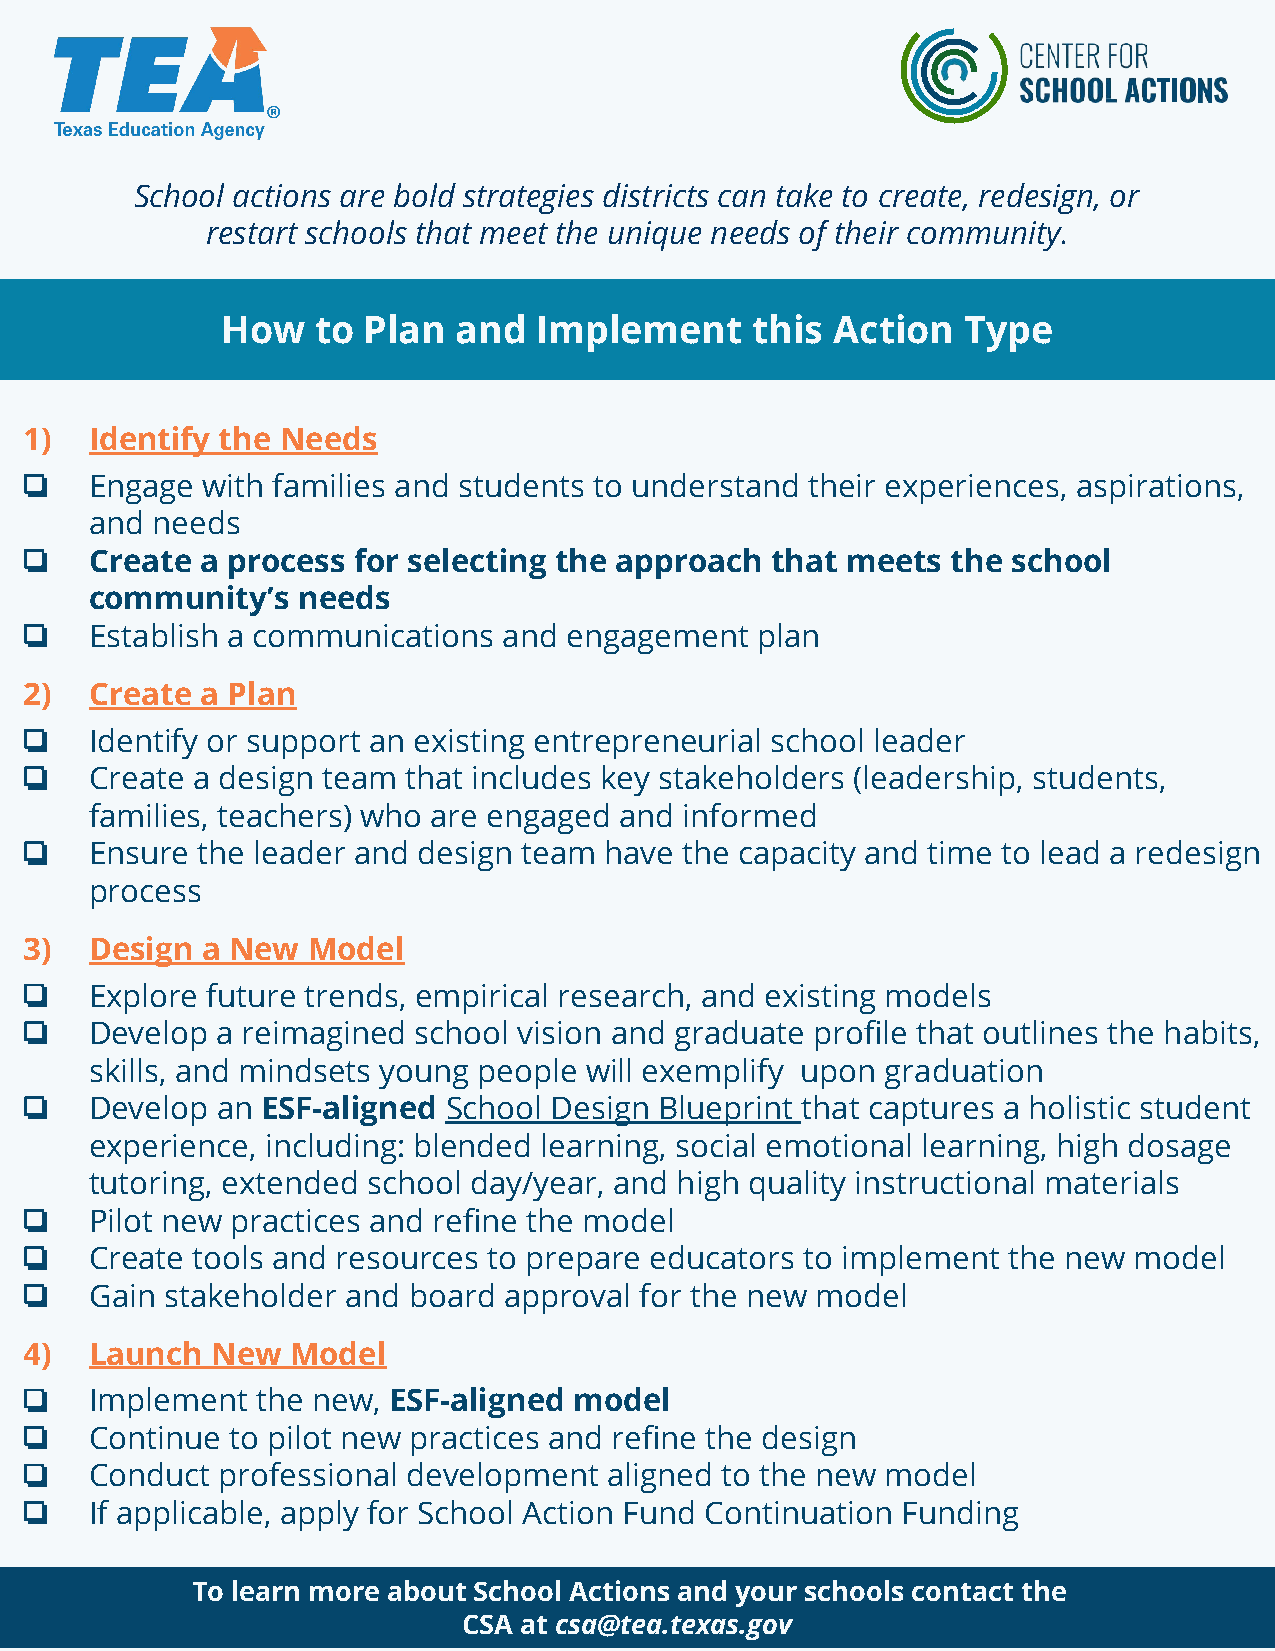
School actions are bold strategies districts can take to create, redesign, or
 restart schools that meet the unique needs of their community.
 How   to Plan  and   Implement     this Action   Type
 1)  Identify the Needs
 ❏    Engage with families and students to understand their experiences, aspirations,
 and needs
 ❏    Create a process for selecting the approach  that meets  the school
 community’s   needs
 ❏    Establish a communications and engagement   plan
 2)  Create a Plan
 ❏    Identify or support an existing entrepreneurial school leader
 ❏    Create a design team that includes key stakeholders (leadership, students,
 families, teachers) who are engaged and informed
 ❏    Ensure the leader and design team have the capacity and time to lead a redesign
 process
 3)  Design a New  Model
 ❏    Explore future trends, empirical research, and existing models
 ❏    Develop a reimagined  school vision and graduate profile that outlines the habits,
 skills, and mindsets young people will exemplify upon graduation
 ❏    Develop an ESF-aligned  School Design Blueprint that captures a holistic student
 experience, including: blended learning, social emotional learning, high dosage
 tutoring, extended school day/year, and high quality instructional materials
 ❏    Pilot new practices and refine the model
 ❏    Create tools and resources to prepare educators to implement the new model
 ❏    Gain stakeholder and board approval for the new model
 4)  Launch  New  Model
 ❏    Implement  the new, ESF-aligned model
 ❏    Continue to pilot new practices and refine the design
 ❏    Conduct  professional development aligned to the new model
 ❏    If applicable, apply for School Action Fund Continuation Funding
 To learn more about School Actions and your schools contact the
 CSA at csa@tea.texas.gov